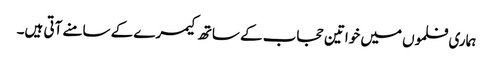
ہماری فلموں میں خواتین حجاب کے ساتھ کیمرے کے سامنے آتی ہیں۔